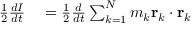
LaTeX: \begin{array} { r l } { { \frac { 1 } { 2 } } { \frac { d I } { d t } } } & { { } = { \frac { 1 } { 2 } } { \frac { d } { d t } } \sum _ { k = 1 } ^ { N } m _ { k } \mathbf { r } _ { k } \cdot \mathbf { r } _ { k } } \end{array}